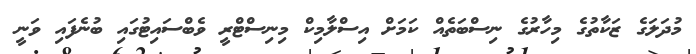
މުދަލަގެ ޒަކާތުގެ މިހާރުގެ ނިސްބަތެއް ކަމަށް އިސްލާމިކް މިނިސްޓްރީ ވެބްސައިޓުގައި ބުނެފައި ވަނީ